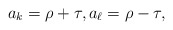
\begin{align*}a_k = \rho + \tau, a_{\ell} = \rho - \tau,\end{align*}